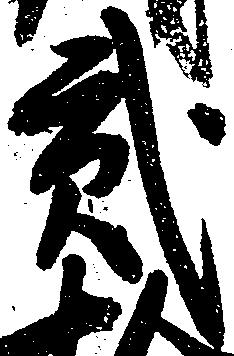
弐